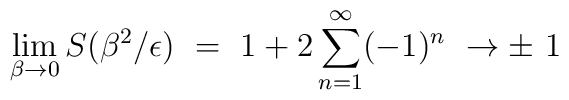
\lim_{\beta\rightarrow 0}S(\beta^2/\epsilon)\ = \ 1 + 2 \sum_{n=1}^\infty (-1)^n\ \rightarrow \pm\ 1